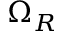
\Omega _ { R }